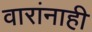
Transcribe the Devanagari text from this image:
वारांनाही